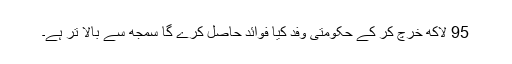
95 لاکھ خرچ کر کے حکومتی وفد کیا فوائد حاصل کرے گا سمجھ سے بالا تر ہے۔